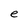
Character: e